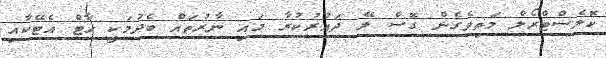
ކޮލެސްޓްރޯލް މަތިވެގެން ގޮސް ލޭ ދައުރުކުރާ މައި ނާރުތައް ބެދުމަކީ ހާޓް އެޓޭކާއި